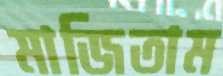
মাজিতাম